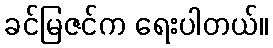
ခင်မြဇင်က ရေးပါတယ်။